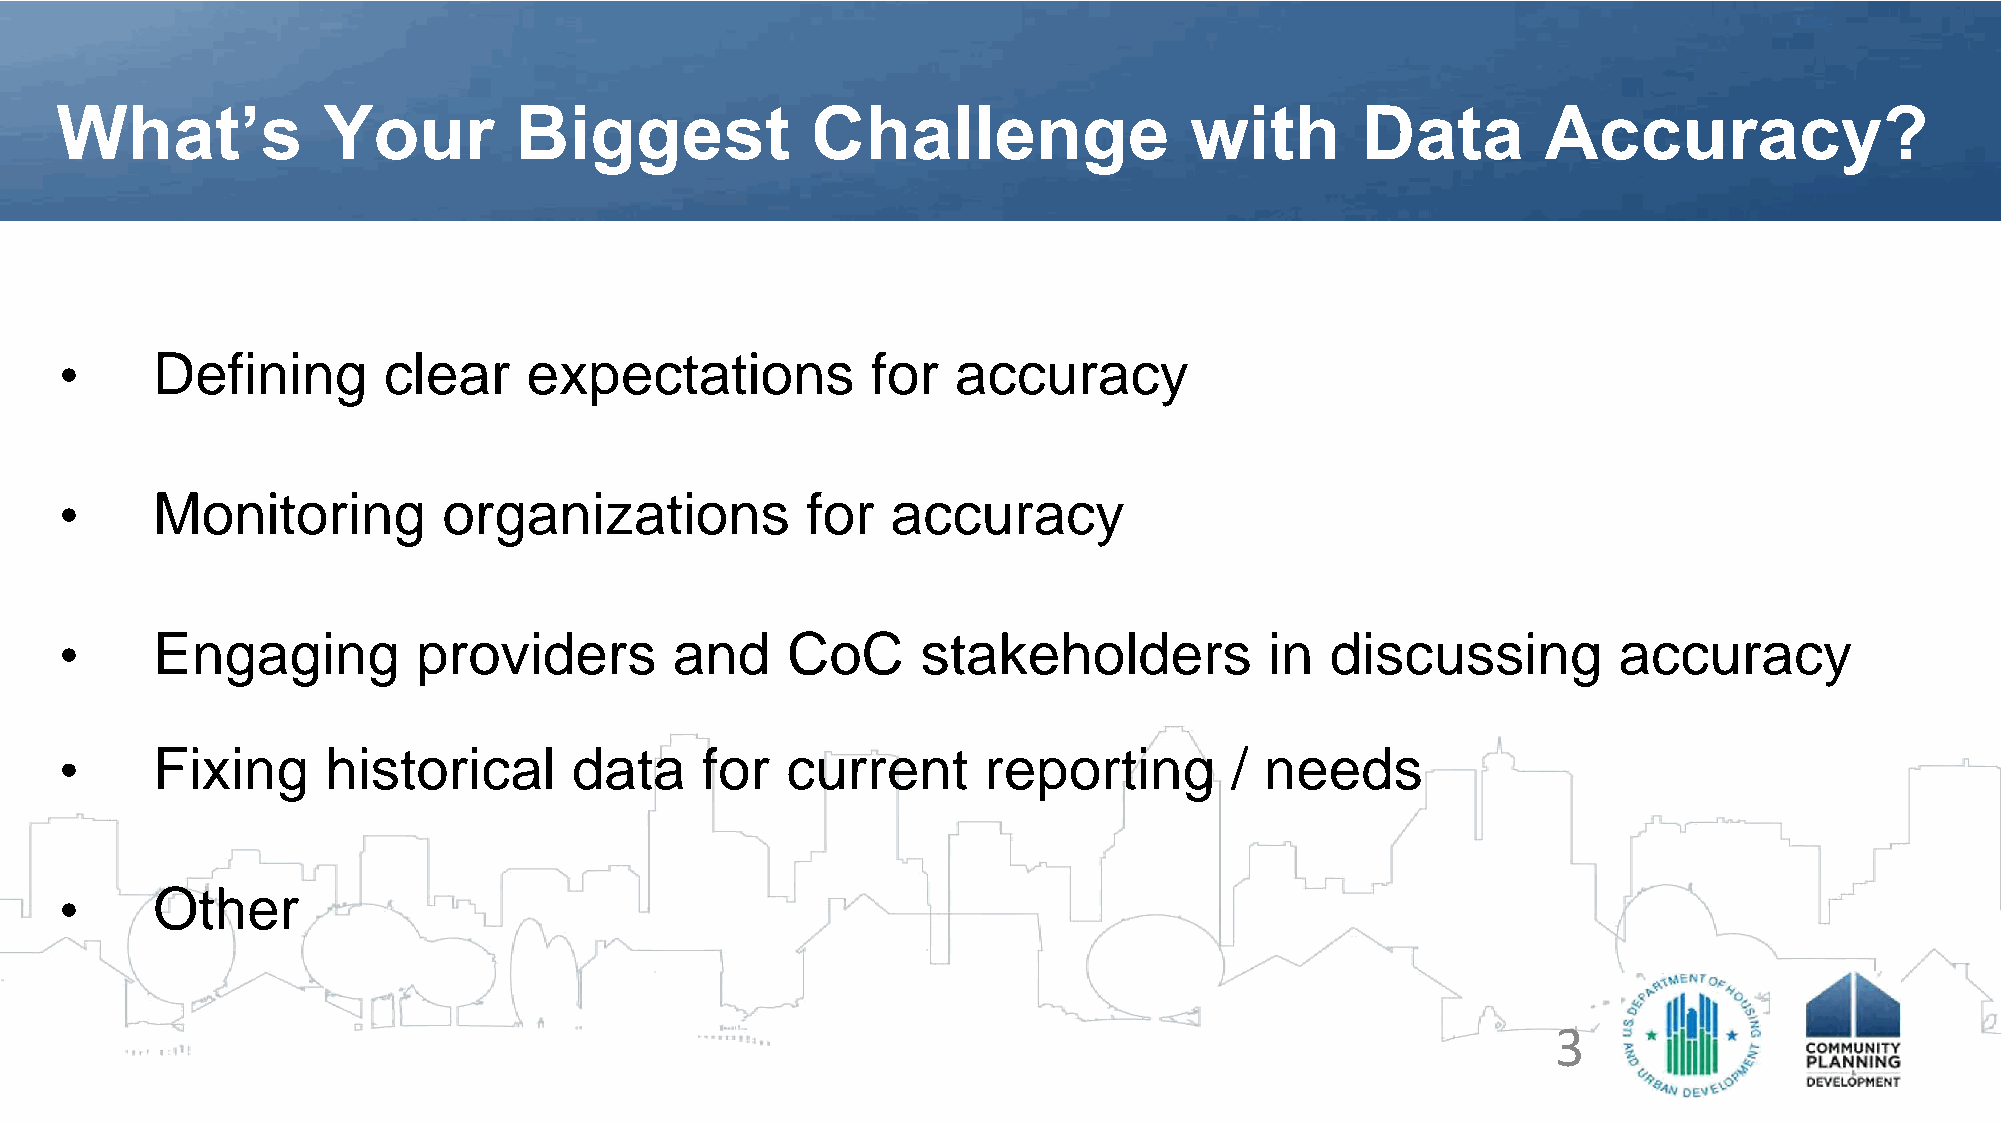
What’s           Your         Biggest             Challenge                with       Data        Accuracy?
 •     Defining       clear     expectations           for  accuracy
 •     Monitoring         organizations           for   accuracy
 •     Engaging          providers        and    CoC      stakeholders           in  discussing         accuracy
 •     Fixing      historical      data    for   current      reporting       /  needs
 •     Other
 3